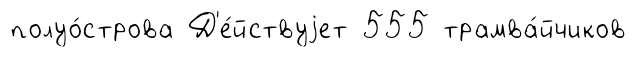
полуо́строва Д'е́йствуjет 555 трамва́йчиков